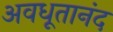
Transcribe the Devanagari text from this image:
अवधूतानंद